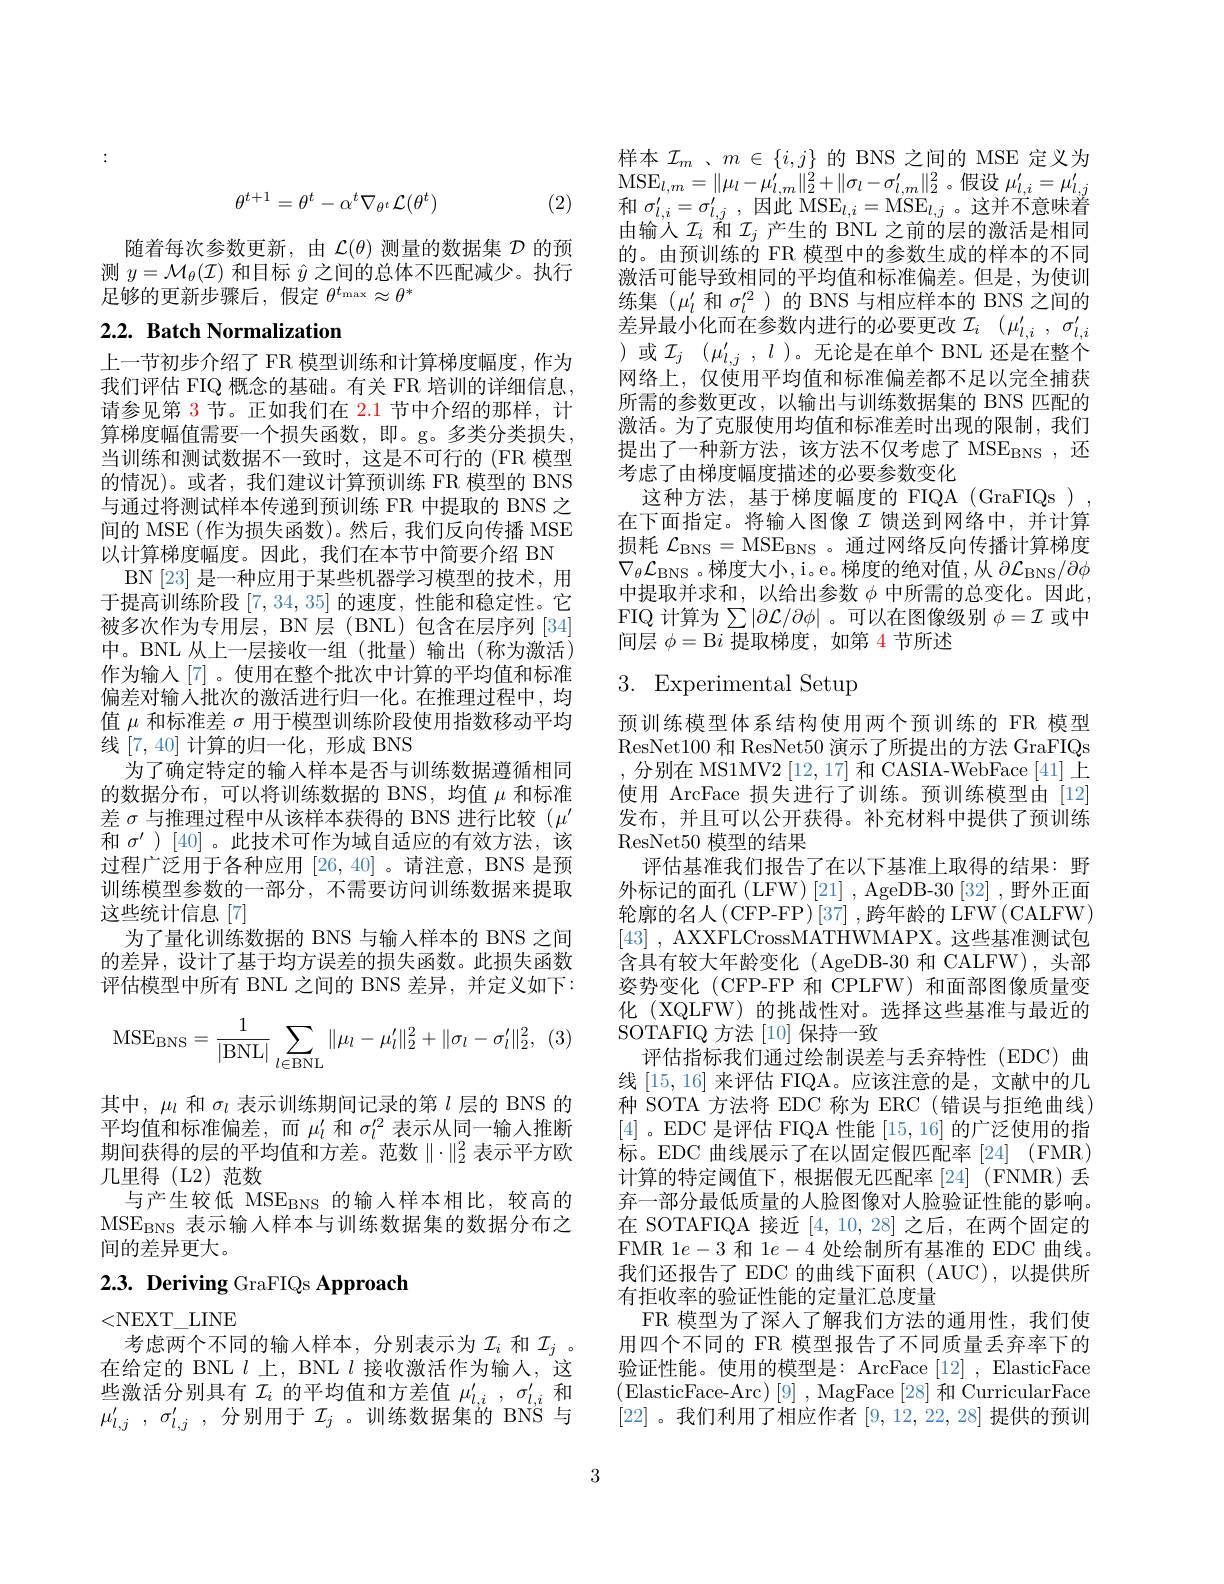
$$\theta^{t+1}=\theta^t-\alpha^t\nabla_{\theta^t}\mathcal{L}(\theta^t)$$
(2)

随着每次参数更新，由$\mathcal{L}(\theta)$测量的数据集$\mathcal{D}$的预测$y=\mathcal{M}_\theta(\mathcal{I})$和目标$\hat{y}$之间的总体不匹配减少。执行足够的更新步骤后，假定$\theta^t_\mathrm{max}\approx\theta^*$

## 2.2. Batch Normalization

上一节初步介绍了 FR 模型训练和计算梯度幅度，作为我们评估 FIQ 概念的基础。有关 FR 培训的详细信息， 请参见第 3 节。正如我们在 2.1 节中介绍的那样，计算梯度幅值需要一个损失函数，即。g。多类分类损失， 当训练和测试数据不一致时，这是不可行的 (FR 模型的情况)。或者，我们建议计算预训练 FR 模型的 BNS 与通过将测试样本传递到预训练 FR 中提取的 BNS 之间的 MSE (作为损失函数)。然后，我们反向传播 MSE 以计算梯度幅度。因此，我们在本节中简要介绍 BN
BN[23] 是一种应用于某些机器学习模型的技术，用于提高训练阶段[7,34,35]的速度，性能和稳定性。它被多次作为专用层，BN 层 (BNL)包含在层序列 [34] 中。BNL 从上一层接收一组(批量)输出(称为激活) 作为输人[7] 。使用在整个批次中计算的平均值和标准偏差对输入批次的激活进行归一化。在推理过程中，均值$\mu$和标准差$\sigma$用于模型训练阶段使用指数移动平均线[7,40]计算的归一化，形成 BNS
为了确定特定的输入样本是否与训练数据遵循相同的数据分布，可以将训练数据的 BNS,均值$\mu$和标准差$\sigma$与推理过程中从该样本获得的 BNS 进行比较($\mu^\prime$ 和$\sigma^{\prime}$ )[40]。此技术可作为域自适应的有效方法，该过程广泛用于各种应用 [26,40] 。请注意，BNS 是预训练模型参数的一部分，不需要访问训练数据来提取这些统计信息[7]
为了量化训练数据的 BNS 与输人样本的 BNS 之间的差异，设计了基于均方误差的损失函数。此损失函数评估模型中所有 BNL 之间的 BNS 差异，并定义如下：
$$\mathrm{MSE}_{\mathrm{BNS}}=\frac{1}{|\mathrm{BNL}|}\sum\limits_{l\in\mathrm{BNL}}\|\mu_l-\mu_l'\|_2^2+\|\sigma_l-\sigma_l'\|_2^2,$$
其中，$\mu_l$和$\sigma_l$表示训练期间记录的第$l$层的 BNS 的平均值和标准偏差，而$\mu_l^{\prime}$和$\sigma_l^{\prime2}$表示从同一输入推断期间获得的层的平均值和方差。范数$\|\cdot\|_2^2$表示平方欧几里得 (L2)范数
与产生较低 MSE$_\mathrm{BNS}$的输人样本相比，较高的$MSE_{BNS} 表示输入样本与训练数据集的数据分布之$ 间的差异更大。
2.3. Deriving GraFIQs Approach

<NEXT$\_$LINE

考虑两个不同的输入样本，分别表示为$\mathcal{I}_i$ 和 $\mathcal{I}_j$ 。在给定的 BNL $l$上，BNL $l$接收激活作为输人，这些激活分别具有$\mathcal{I}_i$的平均值和方差值$\mu_l,i^{\prime},\sigma_{l,i}^{\prime}$和$\mu _{l, j}^{\prime }$ , $\sigma _{l, j}^{\prime }$ , 分别用于 $\mathcal{I}_j$ 。训练数据集的 BNS 与

样本$\mathcal{I}_m$ 、$m\in\{i,j\}$的 BNS 之间的 MSE 定义为$\mathrm{MSE}_{l,m}=\|\mu_{l}-\mu_{l,m}^{\prime}\|_{2}^{2}+\|\sigma_{l}-\sigma_{l,m}^{\prime}\|_{2}^{2}$。假设$\mu_l,i^{\prime}=\mu_{l,j}^{\prime}$ 和 $\sigma _{l, i}^{\prime }= \sigma _{l, j}^{\prime }$ , 因此 MSE$_l,i=$MSE$_l,j$。这并不意味着由输入$\mathcal{I}_i$和$\mathcal{I}_j$产生的 BNL 之前的层的激活是相同的。由预训练的 FR 模型中的参数生成的样本的不同激活可能导致相同的平均值和标准偏差。但是，为使训练集($\mu_l^\prime$和$\sigma_l^{\prime2}$ )的 BNS 与相应样本的 BNS 之间的差异最小化而在参数内进行的必要更改$\mathcal{I} _i$ $( \mu _{l, i}^{\prime }, \sigma _{l, i}^{\prime }$ )或$\mathcal{I} _j$ $( \mu _{l, j}^{\prime }, l$ )。无论是在单个 BNL 还是在整个网络上，仅使用平均值和标准偏差都不足以完全捕获所需的参数更改，以输出与训练数据集的 BNS 匹配的激活。为了克服使用均值和标准差时出现的限制，我们提出了一种新方法，该方法不仅考虑了 MSE$_\mathrm{BNS}$,还考虑了由梯度幅度描述的必要参数变化
这种方法，基于梯度幅度的 FIQA (GraFIQs ) , 在下面指定。将输入图像$\mathcal{I}$馈送到网络中，并计算损耗$\mathcal{L}_\mathrm{BNS}=\mathrm{MSE}_\mathrm{BNS}$。通过网络反向传播计算梯度$\nabla_\theta\mathcal{L}_\mathrm{BNS}$。梯度大小，i。e。梯度的绝对值，从$\partial\mathcal{L}_\mathrm{BNS}/\partial\phi$ 中提取并求和，以给出参数$\phi$中所需的总变化。因此， FIQ 计算为$\sum|\partial\mathcal{L}/\partial\phi|$。可以在图像级别 $\phi=\mathcal{I}$ 或中间层$\phi=$B$i$提取梯度，如第 4 节所述

# 3. Experimental Setup

预训练模型体系结构使用两个预训练的 FR 模型ResNet100 和 ResNet50 演示了所提出的方法 GraFIQs ,分别在 MS1MV2[12,17] 和 CASIA-WebFace[41]上使用 ArcFace 损失进行了训练。预训练模型由[12] 发布，并且可以公开获得。补充材料中提供了预训练ResNet50 模型的结果
评估基准我们报告了在以下基准上取得的结果：野外标记的面孔(LFW)[21], AgeDB-30[32], 野外正面轮廓的名人(CFP-FP)[37],跨年龄的 LFW(CALFW) [43] , AXXFLCrossMATHWMAPX。这些基准测试包含具有较大年龄变化 (AgeDB-30 和 CALFW),头部姿势变化 (CFP-FP 和 CPLFW) 和面部图像质量变化 (XQLFW) 的挑战性对。选择这些基准与最近的SOTAFIQ 方法[10]保持一致
评估指标我们通过绘制误差与丢弃特性(EDC)曲线[15,16]来评估 FIQA。应该注意的是，文献中的几种 SOTA 方法将 EDC 称为 ERC (错误与拒绝曲线) [4]。EDC 是评估 FIQA 性能[15,16]的广泛使用的指标。EDC 曲线展示了在以固定假匹配率[24](FMR) 计算的特定阈值下，根据假无匹配率[24](FNMR)丢弃一部分最低质量的人脸图像对人脸验证性能的影响。在 SOTAFIQA 接近[4,10,28]之后，在两个固定的FMR 1$e-3$和 1$e-4$处绘制所有基准的 EDC 曲线。我们还报告了 EDC 的曲线下面积 (AUC),以提供所有拒收率的验证性能的定量汇总度量
FR 模型为了深人了解我们方法的通用性，我们使用四个不同的 FR 模型报告了不同质量丢弃率下的验证性能。使用的模型是：ArcFace [12], ElasticFace [22]。我们利用了相应作者[9,12,22,28] 提供的预训

3